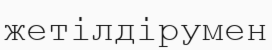
жетілдірумен